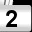
Digit: 2